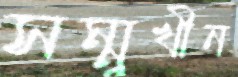
সম্মুখীন